Malaria in India - Number 2
Disease focus: Malaria
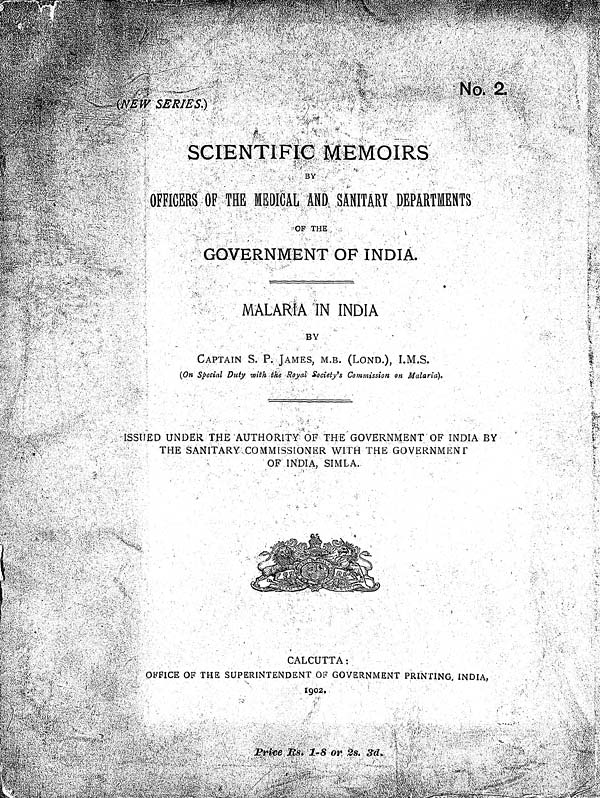
(NEW SERIES.)
No. 2.
SCIENTIFIC MEMOIRS
BY -
OFFICERS OF THE MEDICAL AND SANITARY DEPARTMENTS
OF THE
GOVERNMENT OF INDIA.
MALARIA IN INDIA
BY
CAPTAIN S. P. JAMES, M.B. (LOND.), I.M.S.
(On Special Duty with the Royal Society's Commission on Malaria).
ISSUED UNDER THE AUTHORITY OF THE GOVERNMENT OF INDIA BY
THE SANITARY COMMISSIONERWITH THE GOVERNMENT
OF INDIA, SIMLA.
CALCUTTA:
OFFICE OF THE SUPERINTENDENT OF GOVERNMENT PRINTING, INDIA,
1902.
•
P r i c e R s . 1 - 8 o r 2 s . 3 d .